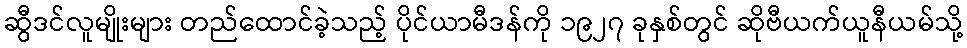
ဆွီဒင်လူမျိုးများ တည်ထောင်ခဲ့သည့် ပိုင်ယာမီဒန်ကို ၁၉၂၇ ခုနှစ်တွင် ဆိုဗီယက်ယူနီယမ်သို့